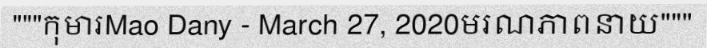
"""កុមារMao Dany - March 27, 2020មរណភាពនាយ"""